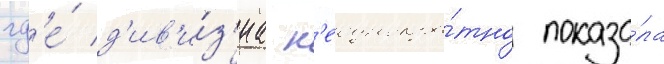
гд'е́ д'ив'и́з'иа н'еоднокра́тно показа́ла